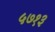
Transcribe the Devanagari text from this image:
५७१३